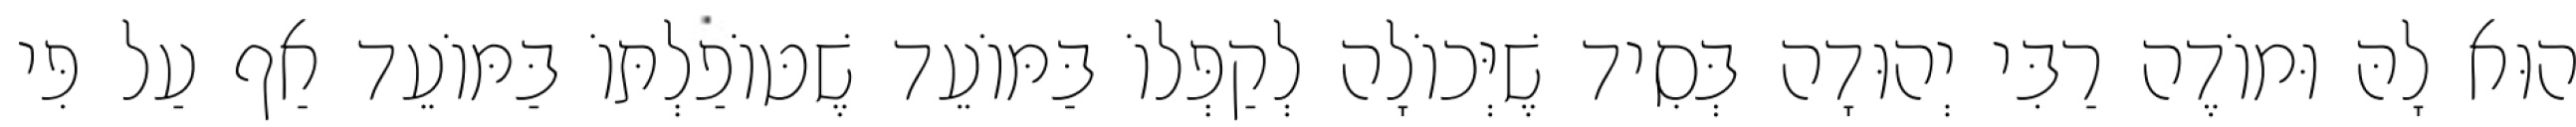
הוּא לָהּ וּמוֹדֶה רַבִּי יְהוּדָה בְּסִיד שֶׁיְּכוֹלָה לְקַפְּלוֹ בַּמּוֹעֵד שֶׁטּוֹפַלְתּוֹ בַּמּוֹעֵד אַף עַל פִּי